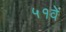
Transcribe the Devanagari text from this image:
५१वें